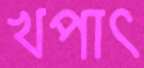
খপাৎ